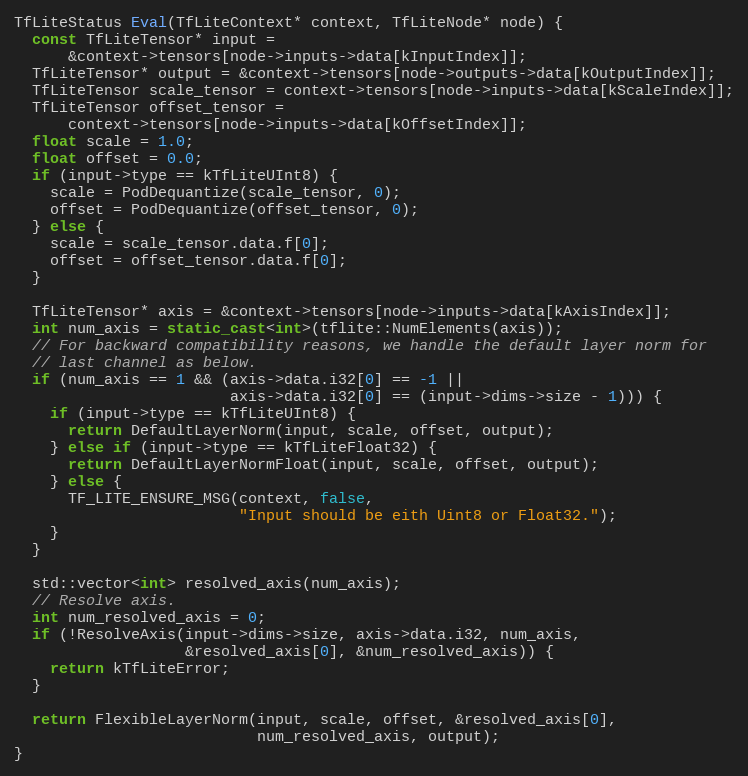
Language: C++
TfLiteStatus Eval(TfLiteContext* context, TfLiteNode* node) {
  const TfLiteTensor* input =
      &context->tensors[node->inputs->data[kInputIndex]];
  TfLiteTensor* output = &context->tensors[node->outputs->data[kOutputIndex]];
  TfLiteTensor scale_tensor = context->tensors[node->inputs->data[kScaleIndex]];
  TfLiteTensor offset_tensor =
      context->tensors[node->inputs->data[kOffsetIndex]];
  float scale = 1.0;
  float offset = 0.0;
  if (input->type == kTfLiteUInt8) {
    scale = PodDequantize(scale_tensor, 0);
    offset = PodDequantize(offset_tensor, 0);
  } else {
    scale = scale_tensor.data.f[0];
    offset = offset_tensor.data.f[0];
  }

  TfLiteTensor* axis = &context->tensors[node->inputs->data[kAxisIndex]];
  int num_axis = static_cast<int>(tflite::NumElements(axis));
  // For backward compatibility reasons, we handle the default layer norm for
  // last channel as below.
  if (num_axis == 1 && (axis->data.i32[0] == -1 ||
                        axis->data.i32[0] == (input->dims->size - 1))) {
    if (input->type == kTfLiteUInt8) {
      return DefaultLayerNorm(input, scale, offset, output);
    } else if (input->type == kTfLiteFloat32) {
      return DefaultLayerNormFloat(input, scale, offset, output);
    } else {
      TF_LITE_ENSURE_MSG(context, false,
                         "Input should be eith Uint8 or Float32.");
    }
  }

  std::vector<int> resolved_axis(num_axis);
  // Resolve axis.
  int num_resolved_axis = 0;
  if (!ResolveAxis(input->dims->size, axis->data.i32, num_axis,
                   &resolved_axis[0], &num_resolved_axis)) {
    return kTfLiteError;
  }

  return FlexibleLayerNorm(input, scale, offset, &resolved_axis[0],
                           num_resolved_axis, output);
}